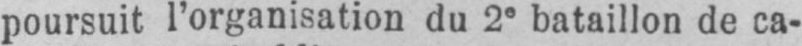
poursuit l’organisation du 2e bataillon de ca-